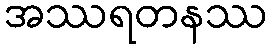
အဿရတနဿ